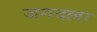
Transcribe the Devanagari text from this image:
जगदल्ला